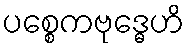
ပစ္စေကဗုဒ္ဓေဟိ